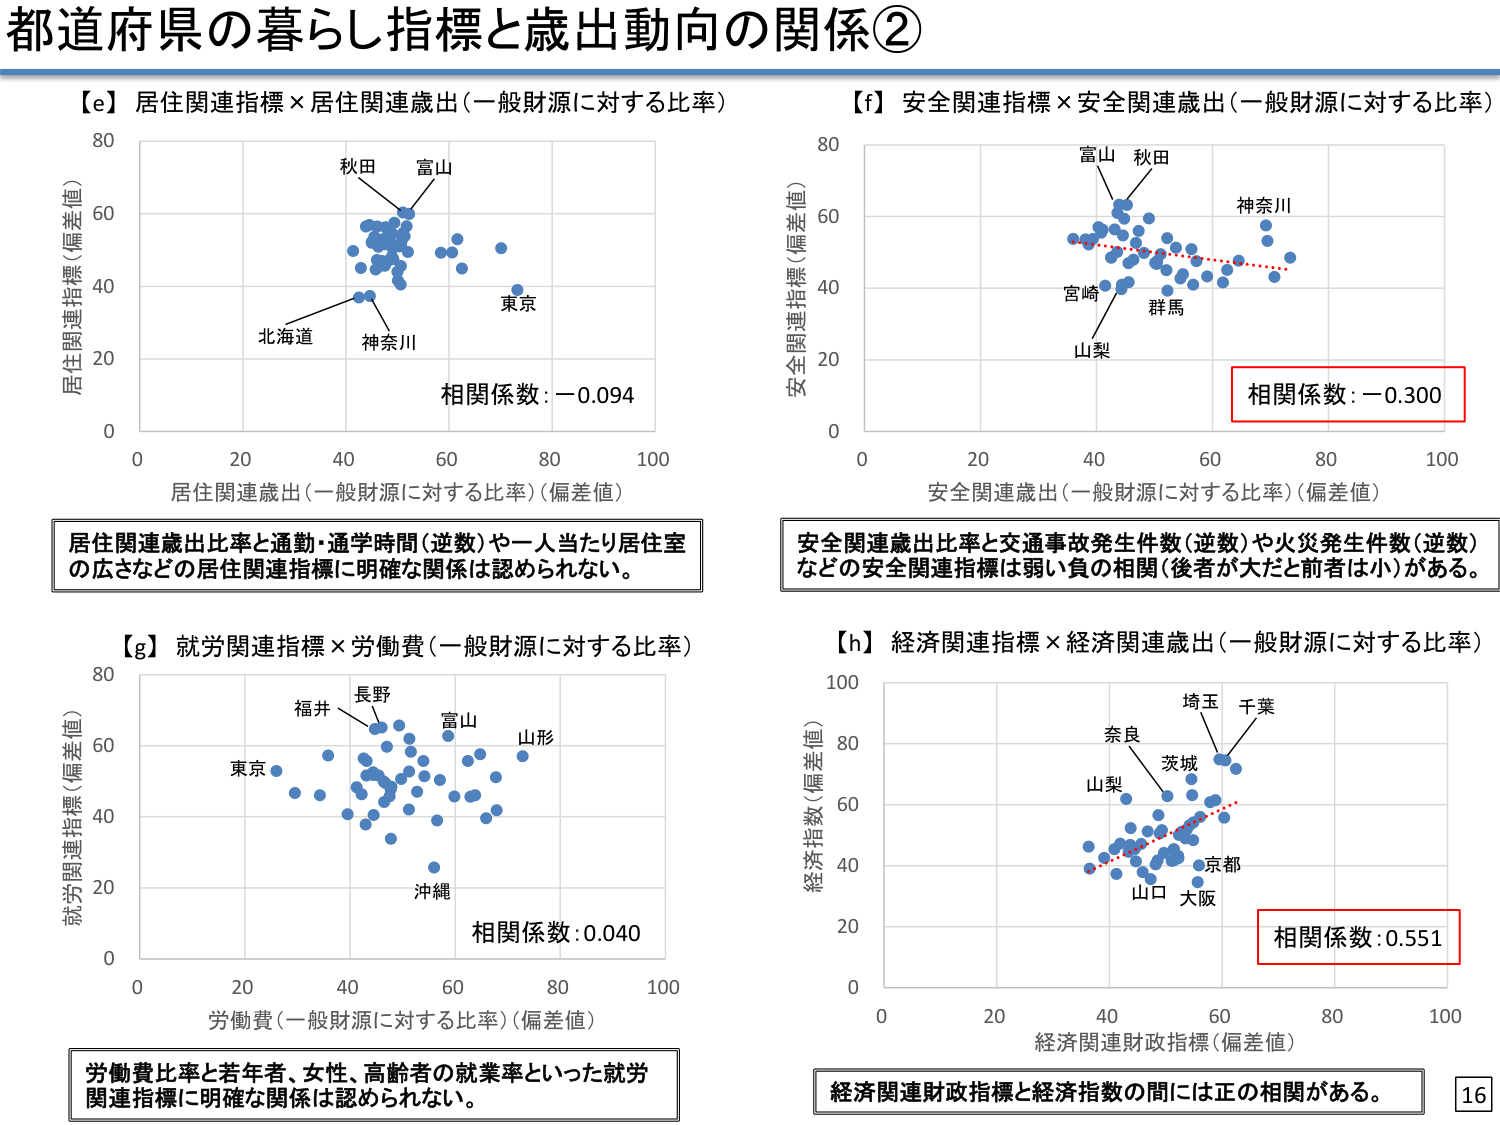
都道府県の暮らし指標と歳出動向の関係②

【e】居住関連指標×居住関連歳出（一般財源に対する比率）
居住関連指標（偏差値）
80
60
40
20
0
0 20 40 60 80 100
居住関連歳出（一般財源に対する比率）（偏差値）
秋田
富山
北海道
神奈川
東京
相関係数：-0.094
居住関連歳出比率と通勤・通学時間（逆数）や一人当たり居住室の広さなどの居住関連指標に明確な関係は認められない。

【f】安全関連指標×安全関連歳出（一般財源に対する比率）
安全関連指標（偏差値）
80
60
40
20
0
0 20 40 60 80 100
安全関連歳出（一般財源に対する比率）（偏差値）
富山
秋田
神奈川
宮崎
群馬
山梨
相関係数：-0.300
安全関連歳出比率と交通事故発生件数（逆数）や火災発生件数（逆数）などの安全関連指標は弱い負の相関（後者が大だと前者は小）がある。

【g】就労関連指標×労働費（一般財源に対する比率）
就労関連指標（偏差値）
80
60
40
20
0
0 20 40 60 80 100
労働費（一般財源に対する比率）（偏差値）
福井
長野
富山
山形
東京
沖縄
相関係数：0.040
労働費比率と若年者、女性、高齢者の就業率といった就労関連指標に明確な関係は認められない。

【h】経済関連指標×経済関連歳出（一般財源に対する比率）
経済指数（偏差値）
100
80
60
40
20
0
0 20 40 60 80 100
経済関連財政指標（偏差値）
埼玉
千葉
奈良
茨城
山梨
京都
山口
大阪
相関係数：0.551
経済関連財政指標と経済指数の間には正の相関がある。

16